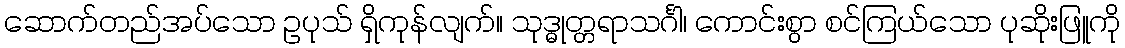
ဆောက်တည်အပ်သော ဥပုသ် ရှိကုန်လျက်။ သုဒ္ဓုတ္တရာသင်္ဂါ၊ ကောင်းစွာ စင်ကြယ်သော ပုဆိုးဖြူကို